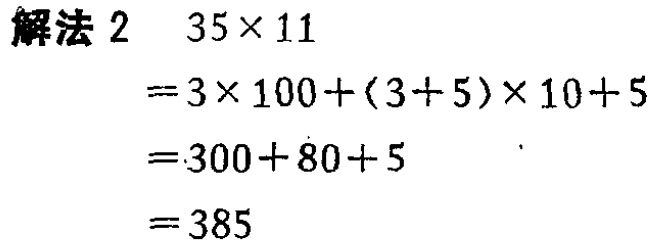
\(
\begin{align*}
& \text{解法 2}\quad35\times11\\
&=3\times100+(3 + 5)\times10+5\\
&=300 + 80+5\\
&=385
\end{align*}
\)